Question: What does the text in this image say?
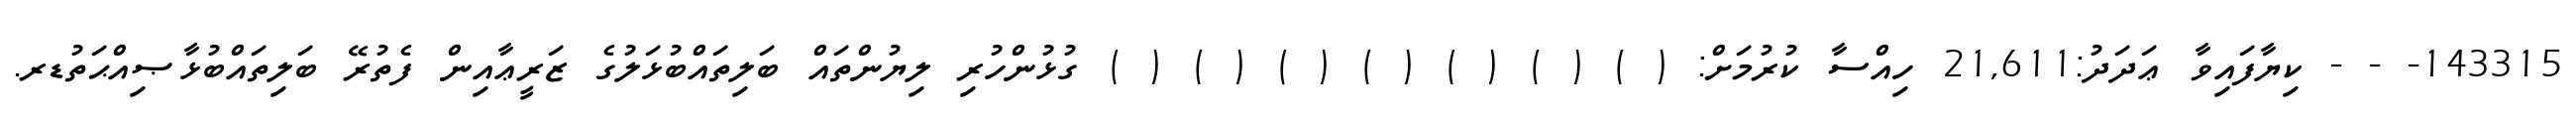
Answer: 143315- - - ކިޔާފައިވާ ޢަދަދު:21,611 ހިއްސާ ކުރުމަށް: ( ) ( ) ( ) ( ) ( ) ( ) ( ) ގުޅުންހުރި ލިޔުންތައް ބަލިތައްބުޅަލުގެ ޒަރީޢާއިން ފެތުރޭ ބަލިތައްބުޅާޞިއްޙަތުޑރ.